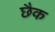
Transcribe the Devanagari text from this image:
छैक